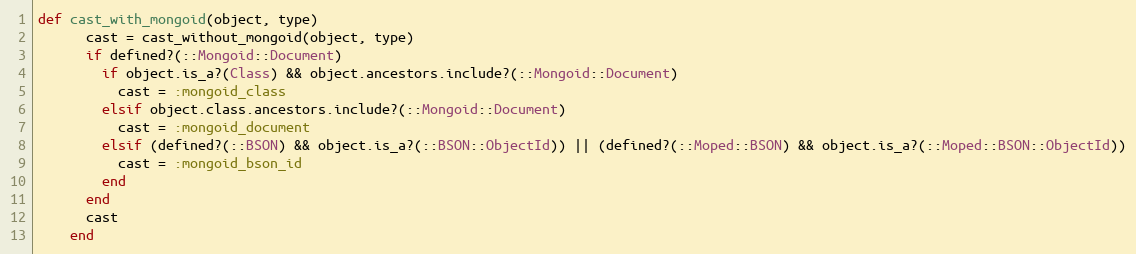
Language: Ruby
def cast_with_mongoid(object, type)
      cast = cast_without_mongoid(object, type)
      if defined?(::Mongoid::Document)
        if object.is_a?(Class) && object.ancestors.include?(::Mongoid::Document)
          cast = :mongoid_class
        elsif object.class.ancestors.include?(::Mongoid::Document)
          cast = :mongoid_document
        elsif (defined?(::BSON) && object.is_a?(::BSON::ObjectId)) || (defined?(::Moped::BSON) && object.is_a?(::Moped::BSON::ObjectId))
          cast = :mongoid_bson_id
        end
      end
      cast
    end